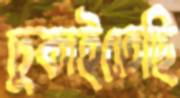
ঢুকাইতেছি